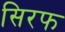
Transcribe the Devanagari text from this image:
सिरफ